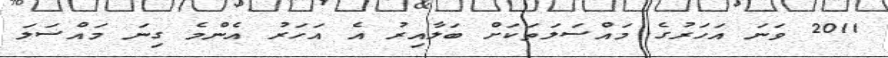
2011 ވަނަ އަހަރުގެ މައްސަލަތަކަށް ބަލާއިރު އެ އަހަރު އެންމެ ގިނަ މައްސަލަ